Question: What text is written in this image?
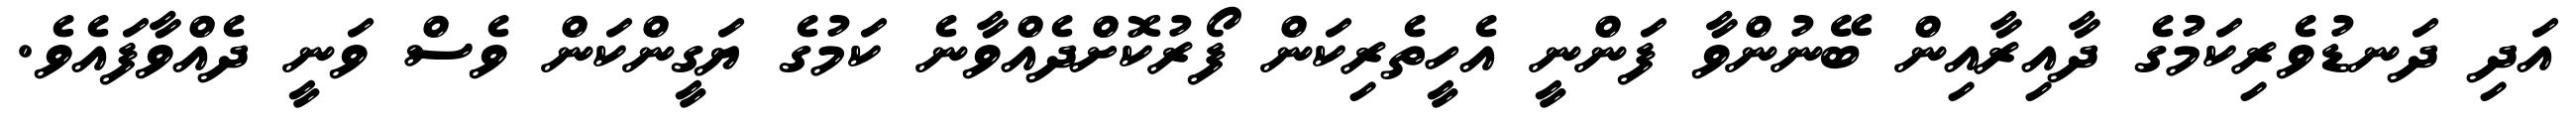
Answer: އަދި ދަނޑުވެރިކަމުގެ ދާއިރާއިން ބޭނުންވާ ފަންނީ އެހީތެރިކަން ފޯރުކޮށްދެއްވާނެ ކަމުގެ ޔަގީންކަން ވެސް ވަނީ ދެއްވާފައެވެ.